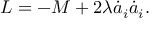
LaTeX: L = - M + 2 \lambda \dot { a } _ { i } \dot { a } _ { i } .